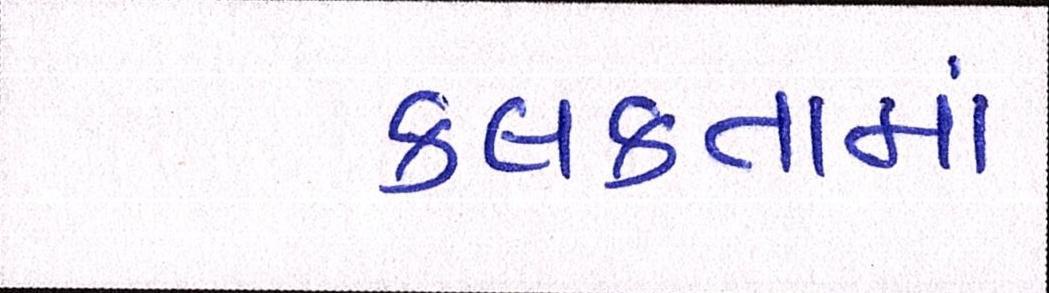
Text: કલકતામાં